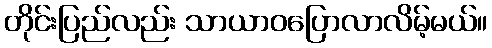
တိုင်းပြည်လည်း သာယာဝပြောလာလိမ့်မယ်။